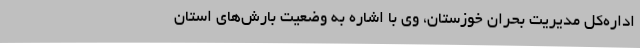
اداره‌کل مدیریت بحران خوزستان، وی با اشاره به وضعیت بارش‌های استان